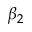
\beta _ { 2 }